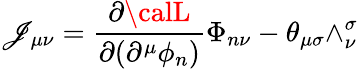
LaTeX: \mathscr{J}_{\mu\nu}=\frac{{\partial{\calL}}}{{\partial(\partial^{\mu}\phi_{n})}}\Phi_{n\nu}-\theta_{\mu\sigma}\wedge_{\nu}^{\sigma}